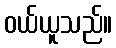
ဝယ်ယူသည်။